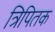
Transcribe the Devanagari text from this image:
त्रिपितक